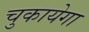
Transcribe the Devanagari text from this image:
चुकायेगा